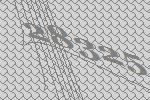
28325